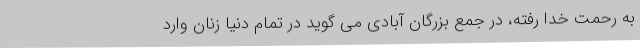
به رحمت خدا رفته، در جمع بزرگان آبادی می گوید در تمام دنیا زنان وارد